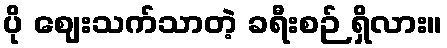
ပို ဈေးသက်သာတဲ့ ခရီးစဉ် ရှိလား။